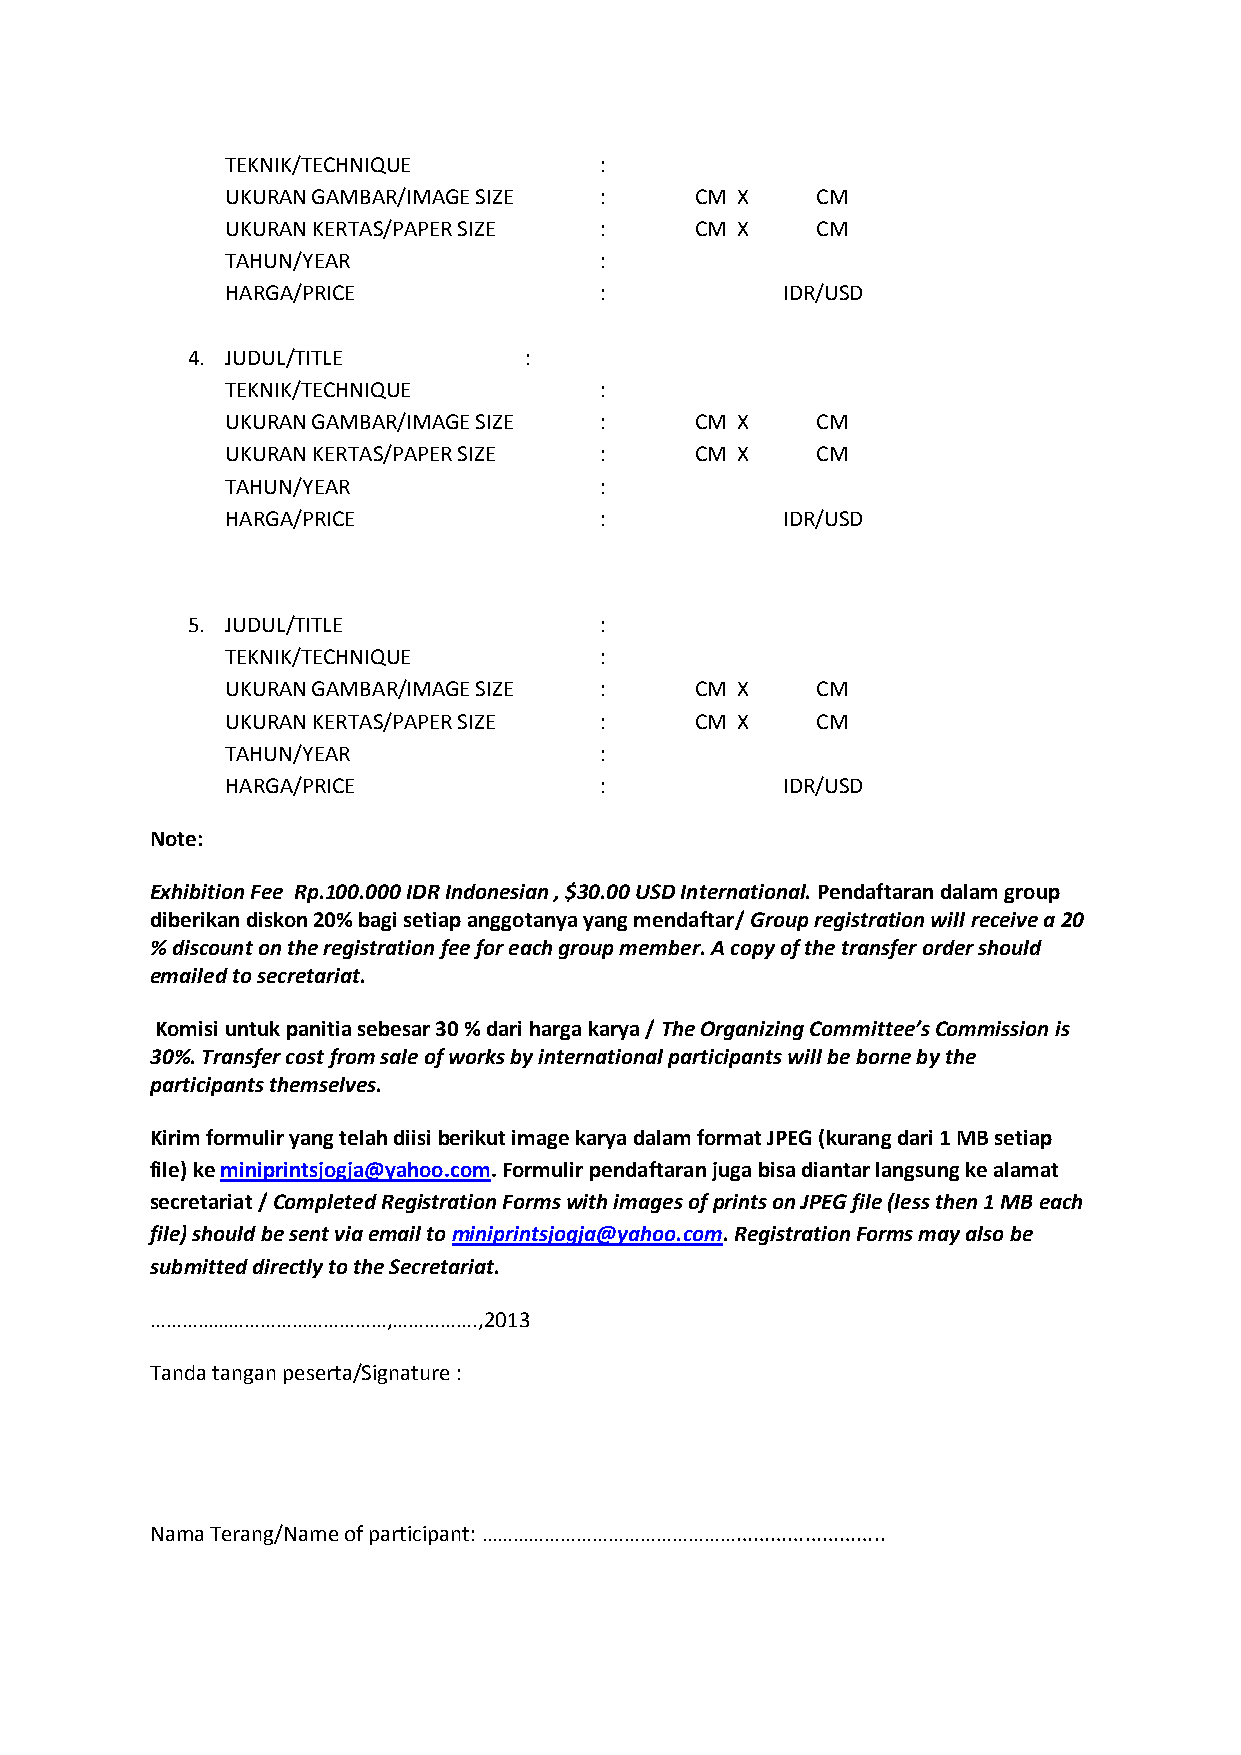
TEKNIK/TECHNIQUE         :
 UKURAN GAMBAR/IMAGE SIZE :     CM X    CM
 UKURAN KERTAS/PAPER SIZE :     CM X    CM
 TAHUN/YEAR               :
 HARGA/PRICE              :           IDR/USD
 4. JUDUL/TITLE         :
 TEKNIK/TECHNIQUE         :
 UKURAN GAMBAR/IMAGE SIZE :     CM X    CM
 UKURAN KERTAS/PAPER SIZE :     CM X    CM
 TAHUN/YEAR               :
 HARGA/PRICE              :           IDR/USD
 5. JUDUL/TITLE              :
 TEKNIK/TECHNIQUE         :
 UKURAN GAMBAR/IMAGE SIZE :     CM X    CM
 UKURAN KERTAS/PAPER SIZE :     CM X    CM
 TAHUN/YEAR               :
 HARGA/PRICE              :           IDR/USD
 Note:
 Exhibition Fee Rp.100.000 IDR Indonesian , $30.00 USD International. Pendaftaran dalam group
 diberikan diskon 20% bagi setiap anggotanya yang mendaftar/ Group registration will receive a 20
 % discount on the registration fee for each group member. A copy of the transfer order should
 emailed to secretariat.
 Komisi untuk panitia sebesar 30 % dari harga karya / The Organizing Committee’s Commission is
 30%. Transfer cost from sale of works by international participants will be borne by the
 participants themselves.
 Kirim formulir yang telah diisi berikut image karya dalam format JPEG (kurang dari 1 MB setiap
 file) ke miniprintsjogja@yahoo.com. Formulir pendaftaran juga bisa diantar langsung ke alamat
 secretariat / Completed Registration Forms with images of prints on JPEG file (less then 1 MB each
 file) should be sent via email to miniprintsjogja@yahoo.com. Registration Forms may also be
 submitted directly to the Secretariat.
 ………………………………………,…………….,2013
 Tanda tangan peserta/Signature :
 Nama Terang/Name of participant: ………………………………………………………………..